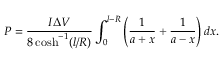
P = \frac { I \Delta V } { 8 \cosh ^ { - 1 } ( l / R ) } \int _ { 0 } ^ { l - R } \left( \frac { 1 } { a + x } + \frac { 1 } { a - x } \right) d x .